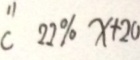
c 2 2 \% x + 2 0